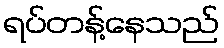
ရပ်တန့်နေသည်